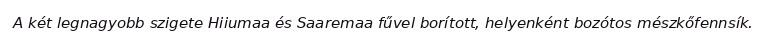
A két legnagyobb szigete Hiiumaa és Saaremaa fűvel borított, helyenként bozótos mészkőfennsík.